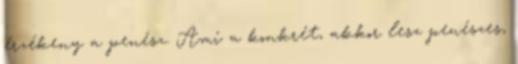
érzékeny a penész. Ami a konkrét, akkor lesz penészes,